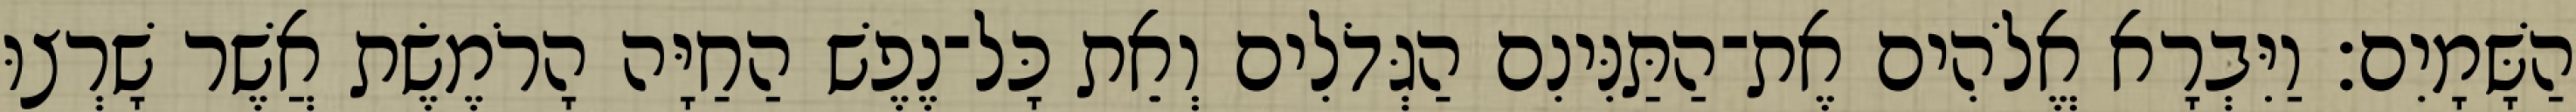
הַשָּׁמָיִם׃ וַיִּבְרָא אֱלֹהִים אֶת־הַתַּנִּינִם הַגְּדֹלִים וְאֵת כָּל־נֶפֶשׁ הַחַיָּה הָרֹמֶשֶׂת אֲשֶׁר שָׁרְצוּ